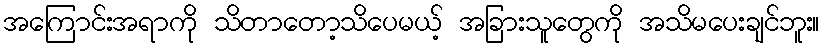
အကြောင်းအရာကို သိတာတော့သိပေမယ့် အခြားသူတွေကို အသိမပေးချင်ဘူး။